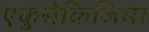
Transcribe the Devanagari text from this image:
एकुसेकिजिमा